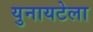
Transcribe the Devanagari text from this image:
युनायटेला